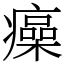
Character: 㿋